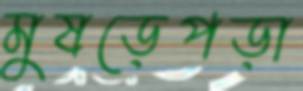
মুষড়েপড়া